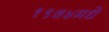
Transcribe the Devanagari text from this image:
१९७४मधे